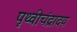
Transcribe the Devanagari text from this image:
पृथ्वीचंद्रादय